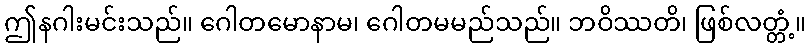
ဤနဂါးမင်းသည်။ ဂေါတမောနာမ၊ ဂေါတမမည်သည်။ ဘဝိဿတိ၊ ဖြစ်လတ္တံ့။